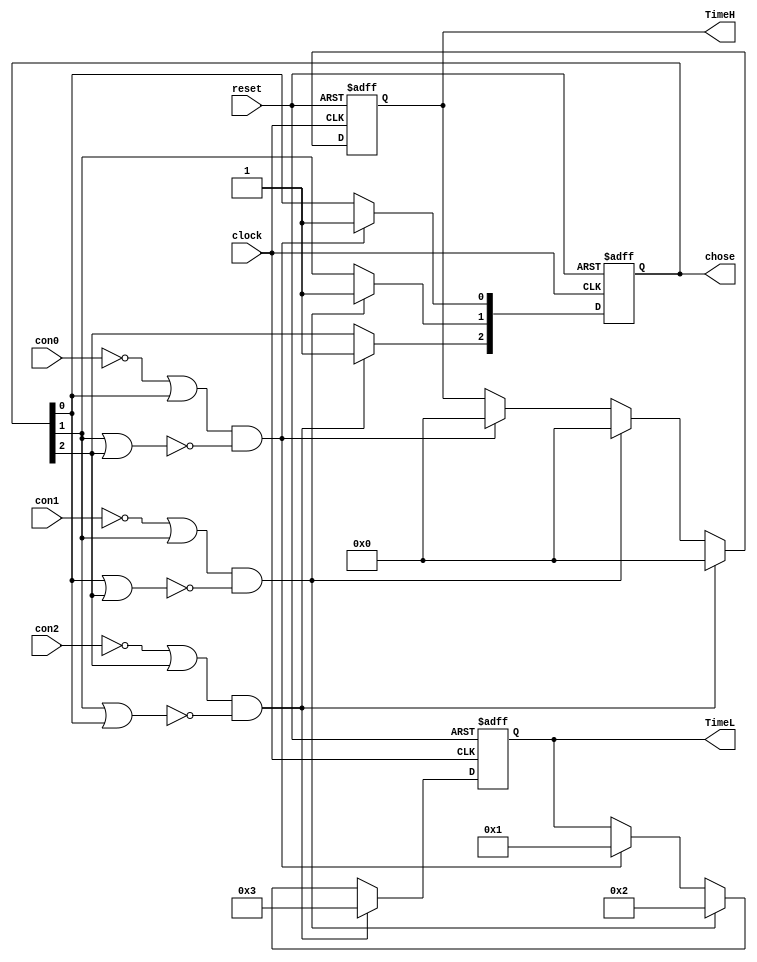
/*
 * Tr
 * ---------------------
 * By: Feng Yan 
 * For: University of Leeds
 *
 * Description
 * ------------
 * This is a quick answer latch module, the contestants' quick answer signal latch
 */
module Tr(
reset,
clock,
con0,//contestants
con1,
con2,
TimeH,
TimeL,
chose
);

input reset;
input clock;
input con0;
input con1;
input con2;
output [2:0] chose;
output reg [3:0]TimeH,TimeL;

reg [2:0] chose,m;	
	
	
always @(negedge reset or posedge clock)
   begin
      if (!reset)
      begin
         chose <= 3'b000;
			TimeH <=4'h0;
		   TimeL <=4'h0;
      end
      else 
      begin
         if ((con0 == 1'b0 | chose[0] == 1'b1) & (~(chose[1] == 1'b1 | chose[2] == 1'b1 )))
         begin
            chose[0] <= 1'b1;
				TimeH <=4'h0;
		      TimeL <=4'h1;
         end
         if ((con1 == 1'b0 | chose[1] == 1'b1) & (~(chose[0] == 1'b1 | chose[2] == 1'b1 )))
         begin
            chose[1] <= 1'b1;
				TimeH <=4'h0;
		      TimeL <=4'h2;
         end
         if ((con2 == 1'b0 | chose[2] == 1'b1) & (~(chose[1] == 1'b1 | chose[0] == 1'b1 )))
         begin
            chose[2] <= 1'b1;
				TimeH <=4'h0;
		      TimeL <=4'h3;
         end
        
      end
   end
	

	endmodule